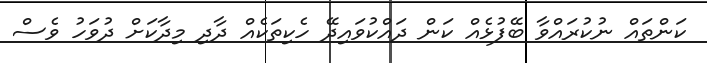
ކަންތައް ނުކުރައްވާ ބޭފުޅެއް ކަން ދައްކުވައިދޭ ހެކިތަކެއް ދާދި މިދާކަށް ދުވަހު ވެސް